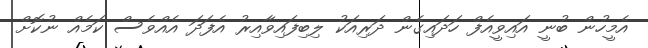
އެމީހުން ބުނީ އައިވީއެފް ހަދައިގެން ދަރިއަކު ލިބިފައިވާއިރު އެފަދަ އެއްވެސް ކަމެއް ނުކޮށް